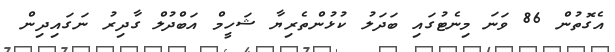
އެގޮތުން 86 ވަނަ މިނެޓުގައި ބަދަލު ކުޅުންތެރިޔާ ޝަހީމް އަބްދުލް ގާދިރު ނަގައިދިން